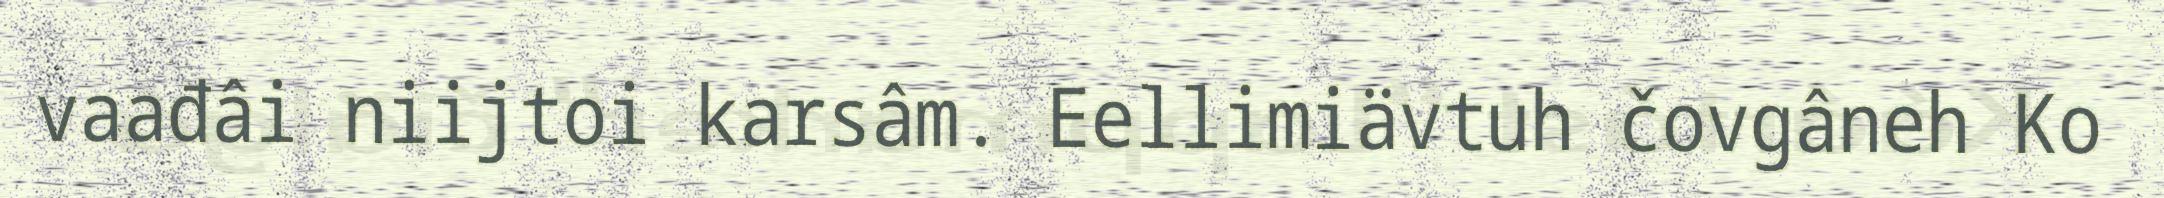
vaađâi niijtoi karsâm. Eellimiävtuh čovgâneh Ko